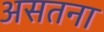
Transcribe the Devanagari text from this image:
असतना